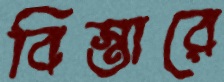
বিস্তারে